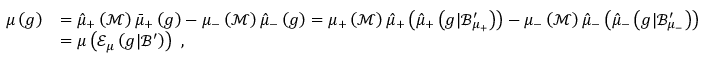
\begin{array} { r l } { \mu \left( g \right) } & { = \hat { \mu } _ { + } \left( \mathcal { M } \right) \bar { \mu } _ { + } \left( g \right) - \mu _ { - } \left( \mathcal { M } \right) \hat { \mu } _ { - } \left( g \right) = \mu _ { + } \left( \mathcal { M } \right) \hat { \mu } _ { + } \left( \hat { \mu } _ { + } \left( g | \mathcal { B } _ { \mu _ { + } } ^ { \prime } \right) \right) - \mu _ { - } \left( \mathcal { M } \right) \hat { \mu } _ { - } \left( \hat { \mu } _ { - } \left( g | \mathcal { B } _ { \mu _ { - } } ^ { \prime } \right) \right) } \\ & { = \mu \left( \mathcal { E } _ { \mu } \left( g | \mathcal { B } ^ { \prime } \right) \right) \ , } \end{array}